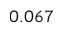
0 . 0 6 7